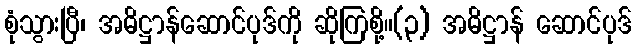
စုံသွားပြီ၊ အဓိဋ္ဌာန်ဆောင်ပုဒ်ကို ဆိုကြစို့။(၃) အဓိဋ္ဌာန် ဆောင်ပုဒ်